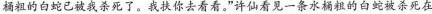
桶粗的白蛇已被我杀死了。我扶你去看看。”许仙看见一条水桶粗的白蛇被杀死在